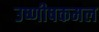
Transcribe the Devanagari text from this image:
उष्णीषकमल